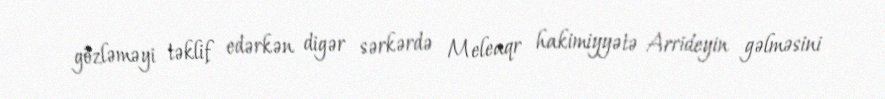
gözləməyi təklif edərkən digər sərkərdə Meleaqr hakimiyyətə Arrideyin gəlməsini